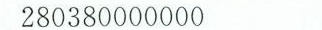
280380000000